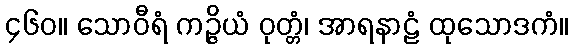
၄၆၀။ သောဝီရံ ကဉ္ဇိယံ ဝုတ္တံ၊ အာရနာဠံ ထုသောဒကံ။